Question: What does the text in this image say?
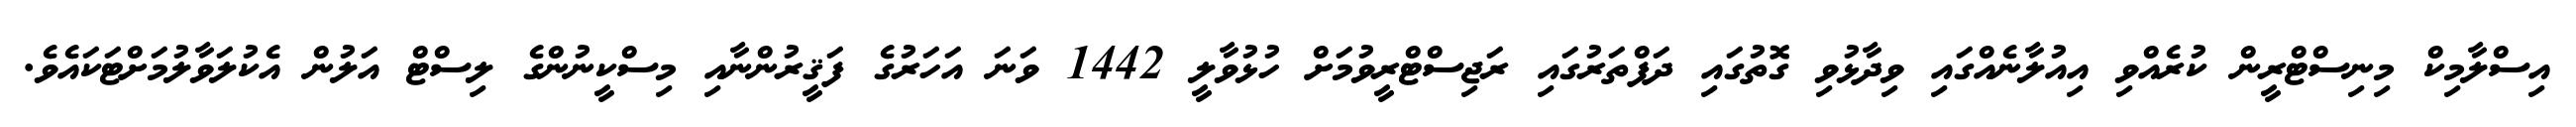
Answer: އިސްލާމިކް މިނިސްޓްރީން ކުރެއްވި އިއުލާނެއްގައި ވިދާޅުވި ގޮތުގައި ދަފްތަރުގައި ރަޖިސްޓްރީވުމަށް ހުޅުވާލީ 1442 ވަނަ އަހަރުގެ ފަޤީރުންނާއި މިސްކީނުންގެ ލިސްޓް އަލުން އެކުލަވާލުމަށްޓަކައެވެ.